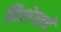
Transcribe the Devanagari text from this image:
हिशेबाचे